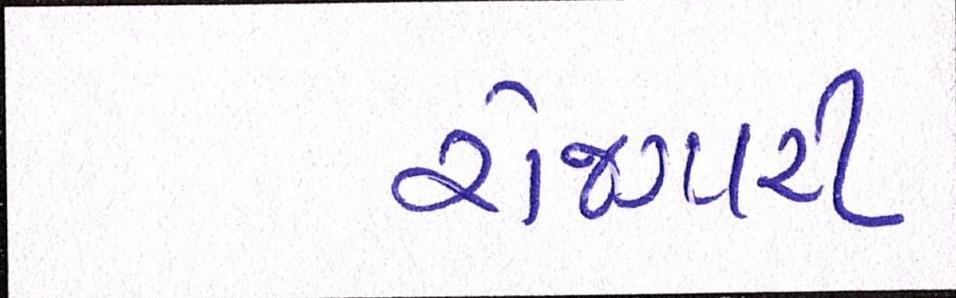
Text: રોજગારી